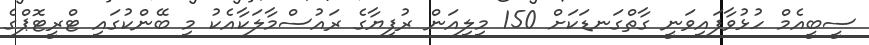
ސީބީއެމް ހުޅުވާފައިވަނީ ގާތްގަނޑަކަށް 150 މިލިއަން ރުފިޔާގެ ރައުސްމާލަކާއެކު މި ބޭންކުގައި ޓްރީޓޮޕްގެ